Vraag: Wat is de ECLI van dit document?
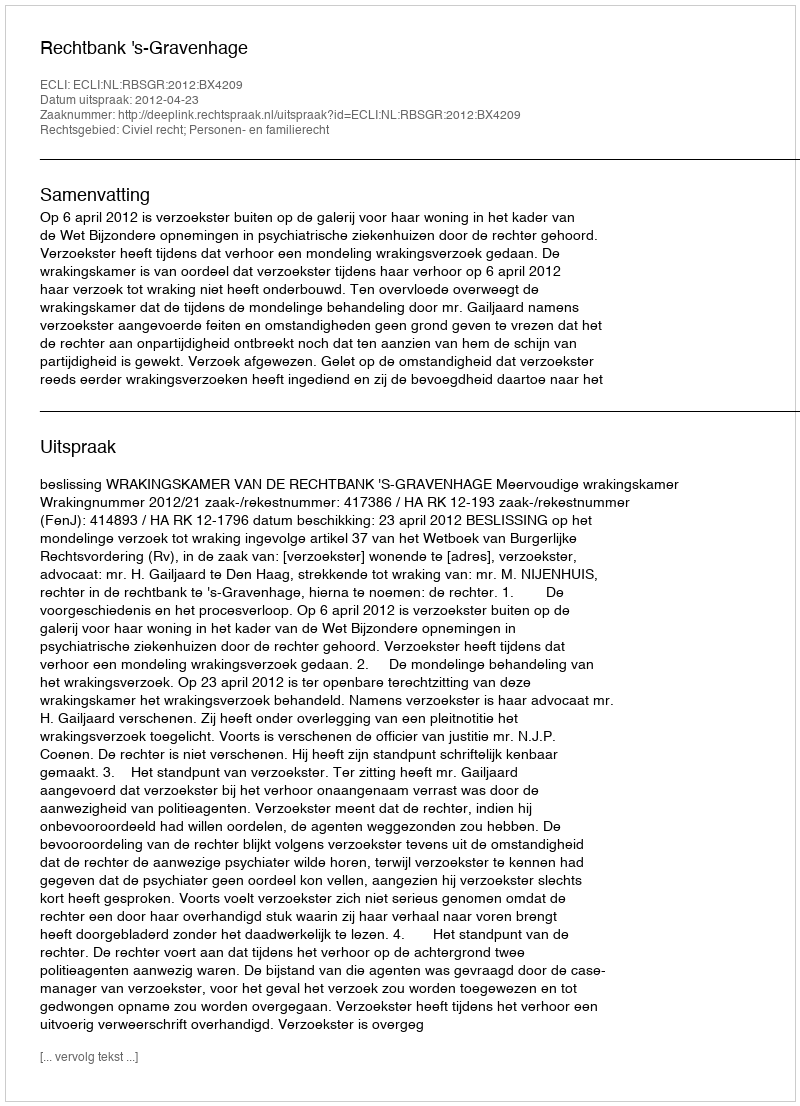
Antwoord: ECLI:NL:RBSGR:2012:BX4209